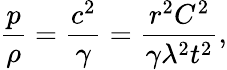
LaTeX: \frac{p}{\rho}=\frac{c^{2}}{\gamma}=\frac{r^{2}C^{2}}{\gamma\lambda^{2}t^{2}},